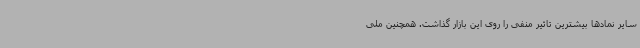
سایر نمادها بیشترین تاثیر منفی را روی این بازار گذاشت. همچنین ملی